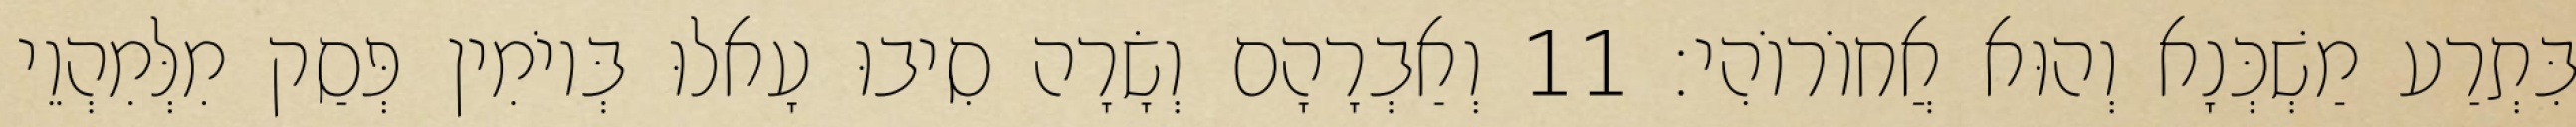
בִּתְרַע מַשְׁכְּנָא וְהוּא אֲחוֹרוֹהִי׃ 11 וְאַבְרָהָם וְשָׂרָה סִיבוּ עָאלוּ בְּיוֹמִין פְּסַק מִלְּמִהְוֵי